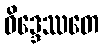
ဝိဒ္ဒေဿတေ